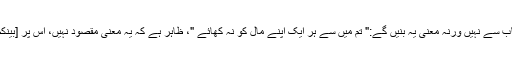
مذکورہ آیت اس باب سے نہیں ورنہ معنی یہ بنیں گے:" تم میں سے ہر ایک اپنے مال کو نہ کھائے "، ظاہر ہے کہ یہ معنی مقصود نہیں، اس پر [بَيْنَكُمْ [دلالت کرتا ہے۔